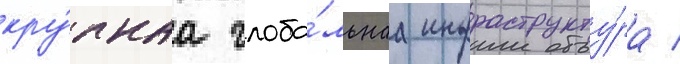
кру́пнаа глоба́льнаа инфраструкту́ра /